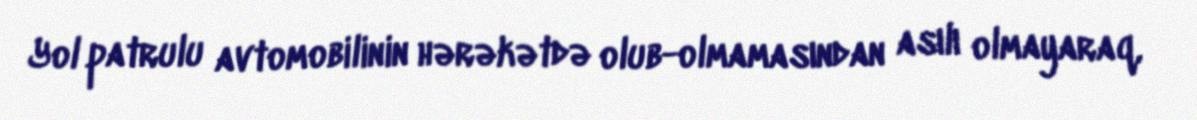
Yol patrulu avtomobilinin hərəkətdə olub-olmamasından asılı olmayaraq,